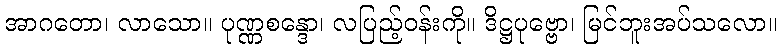
အာဂတော၊ လာသော။ ပုဏ္ဏစန္ဒော၊ လပြည့်ဝန်းကို။ ဒိဋ္ဌပုဗ္ဗော၊ မြင်ဘူးအပ်သလော။